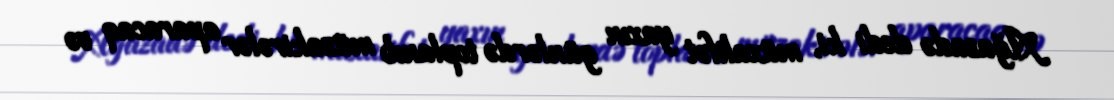
Ağazadə dedi ki, müxalifət yaxın günlərdə toplanıb müzakirələr aparacaq və